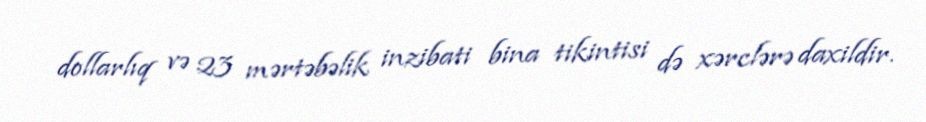
dollarlıq və 23 mərtəbəlik inzibati bina tikintisi də xərclərə daxildir.